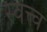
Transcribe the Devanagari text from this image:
स्वत्त्व